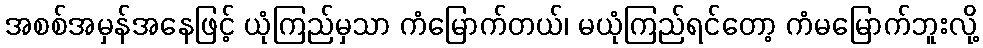
အစစ်အမှန်အနေဖြင့် ယုံကြည်မှသာ ကံမြောက်တယ်၊ မယုံကြည်ရင်တော့ ကံမမြောက်ဘူးလို့